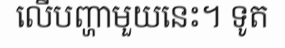
លើបញ្ហាមួយនេះ។ ទូត